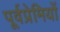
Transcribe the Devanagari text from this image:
पूर्वप्रेमियों